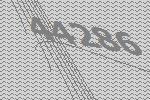
44286